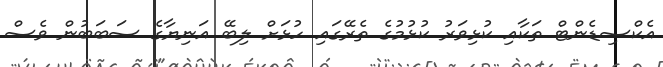
އެކްސިޑެންޓް ތަކާއި ކުޅިވަރު ކުޅުމުގެ ތެރޭގައި ހުޅަށް ލިބޭ އަނިޔާގެ ސަބަބުން ވެސް